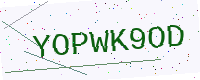
Text: YOPWK9OD